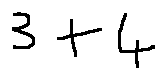
3 + 4